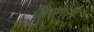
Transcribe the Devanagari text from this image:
फासरी